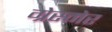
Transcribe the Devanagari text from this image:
ग्रेस्मेर